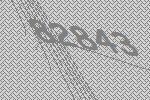
82843